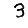
Digit: 3